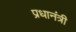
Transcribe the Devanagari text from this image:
प्रधानंत्री